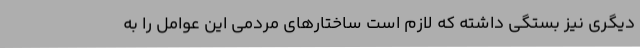
دیگری نیز بستگی داشته که لازم است ساختارهای مردمی این عوامل را به